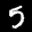
Label: 5